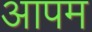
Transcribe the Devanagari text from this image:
आपम